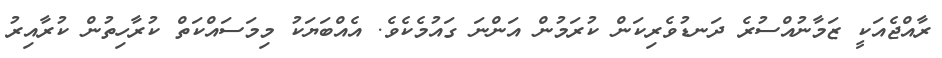
ރާއްޖެއަކީ ޒަމާނުއްސުރެ ދަނޑުވެރިކަން ކުރަމުން އަންނަ ގައުމެކެވެ. އެއްބަޔަކު މިމަސައްކަތް ކުރާހިތުން ކުރާއިރު